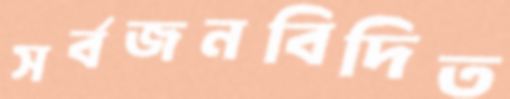
সর্বজনবিদিত